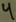
Text: 4